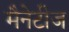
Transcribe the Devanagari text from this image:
मैनेटीज